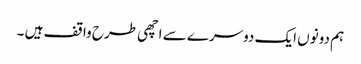
ہم دونوں ایک دوسرے سے اچھی طرح واقف ہیں ۔